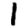
Digit: 1